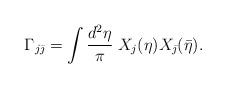
LaTeX: \begin{align*}\Gamma_{j\bar{\jmath}} =\int \frac{d^2 \eta}{\pi} \; X_j(\eta)X_{\bar{\jmath}}(\bar{\eta}). \end{align*}